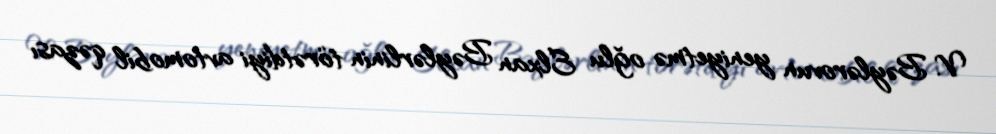
V. Bəylərovun yeniyetmə oğlu Elxan Bəylərlinin törətdiyi avtomobil qəzası